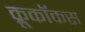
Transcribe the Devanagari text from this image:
क्रूकॉकस